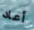
أعاد